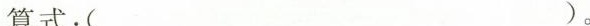
算式：( )。